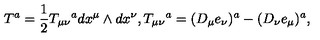
T ^ { a } = \frac { 1 } { 2 } T _ { \mu \nu } { } ^ { a } d x ^ { \mu } \wedge d x ^ { \nu } , T _ { \mu \nu } { } ^ { a } = ( D _ { \mu } e _ { \nu } ) ^ { a } - ( D _ { \nu } e _ { \mu } ) ^ { a } ,